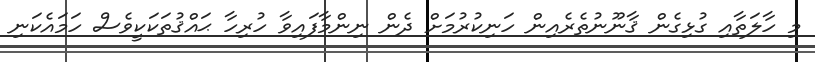
މި ހާލަތާއި ގުޅިގެން ޤާނޫނުތެރެއިން ހަނިކުރުމަށް ދެން ނިންމާފައިވާ ހުރިހާ ޙައްޤުތަކަކީވެސް ހަމައެކަނި